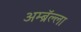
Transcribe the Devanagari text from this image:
अम्ब्रॅल्ला